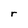
Character: r